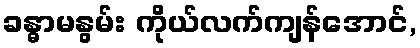
ခန္ဓာမနွမ်း ကိုယ်လက်ကျန်အောင်,